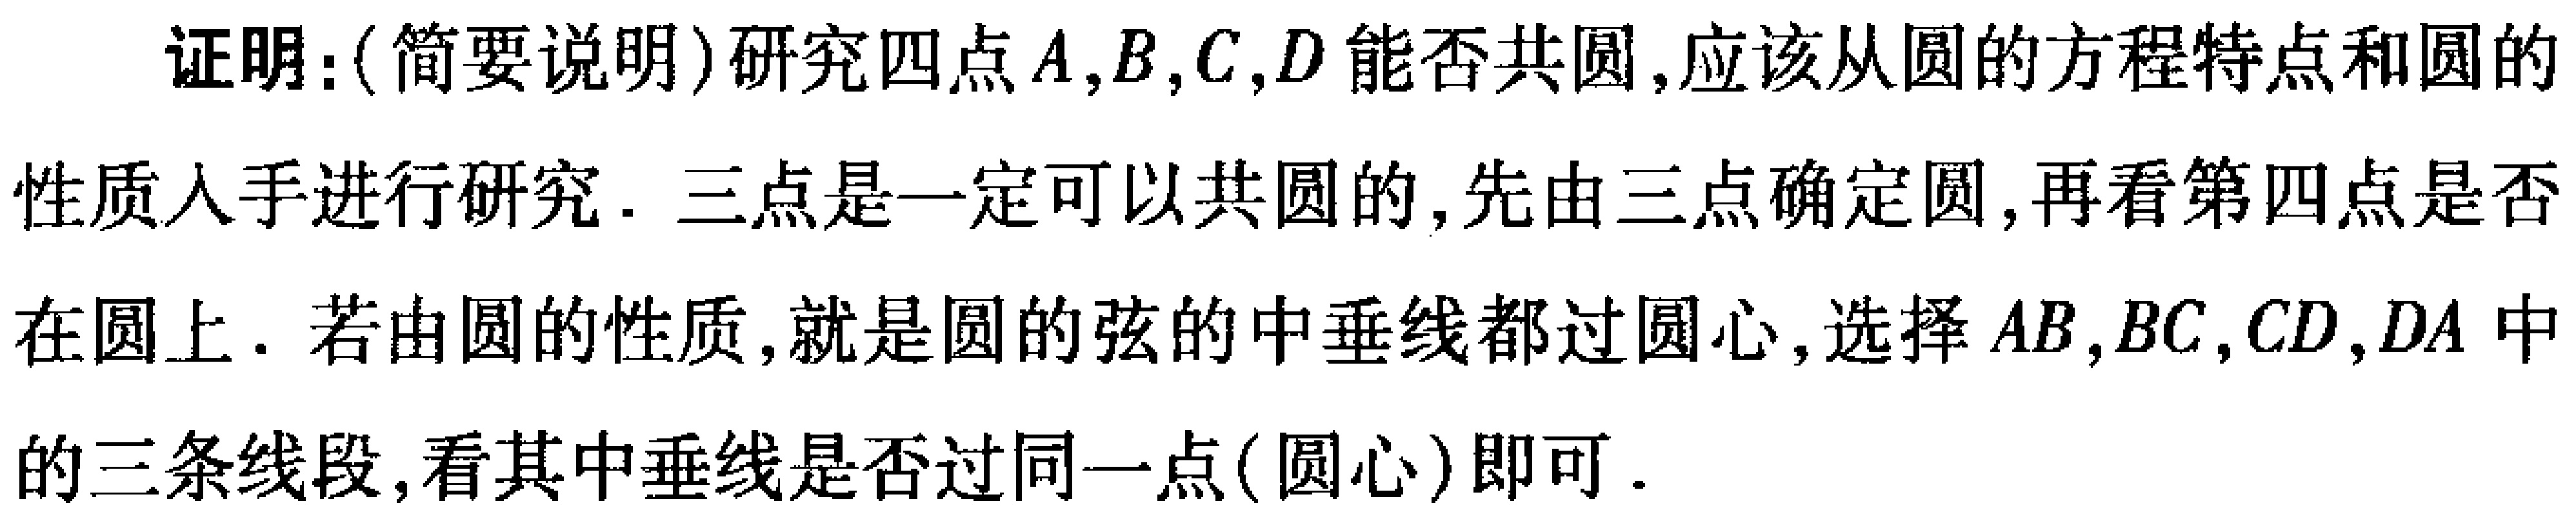
证明：(简要说明)研究四点\(A,B,C,D\)能否共圆,应该从圆的方程特点和圆的
性质入手进行研究. 三点是一定可以共圆的,先由三点确定圆,再看第四点是否
在圆上. 若由圆的性质,就是圆的弦的中垂线都过圆心,选择\(AB,BC,CD,DA\)中
的三条线段,看其中垂线是否过同一点(圆心)即可.